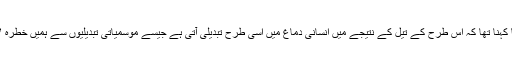
محققین کا کہنا تھا کہ اس طرح کے تیل کے نتیجے میں انسانی دماغ میں اسی طرح تبدیلی آتی ہے جیسے موسمیاتی تبدیلیوں سے ہمیں خطرہ لاحق ہے۔